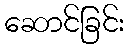
ဆောင်ခြင်း